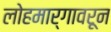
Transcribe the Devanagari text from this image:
लोहमार्गावरून